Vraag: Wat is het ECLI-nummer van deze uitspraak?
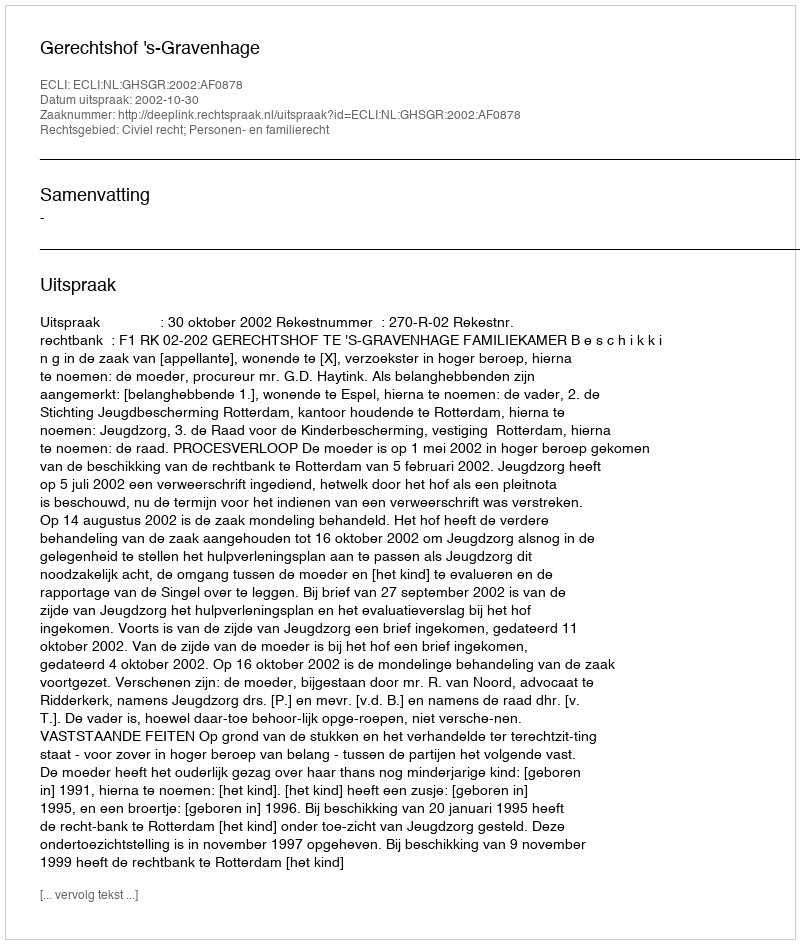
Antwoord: ECLI:NL:GHSGR:2002:AF0878